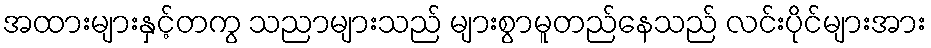
အထားများနှင့်တကွ သညာများသည် များစွာမူတည်နေသည် လင်းပိုင်များအား